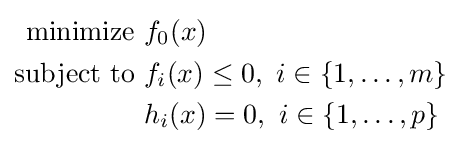
{\begin{aligned}{\text{minimize }}&f_{0}(x)\\{\text{subject to }}&f_{i}(x)\leq 0,\ i\in \left\{1,\ldots ,m\right\}\\&h_{i}(x)=0,\ i\in \left\{1,\ldots ,p\right\}\end{aligned}}